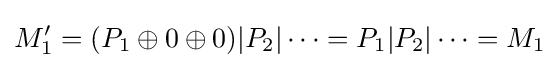
M_{1}'=(P_{1}\oplus 0\oplus 0)|P_{2}|\dots =P_{1}|P_{2}|\dots =M_{1}